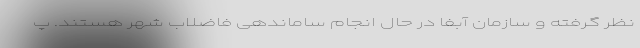
نظر گرفته و سازمان آبفا در حال انجام ساماندهی فاضلاب شهر هستند. پ